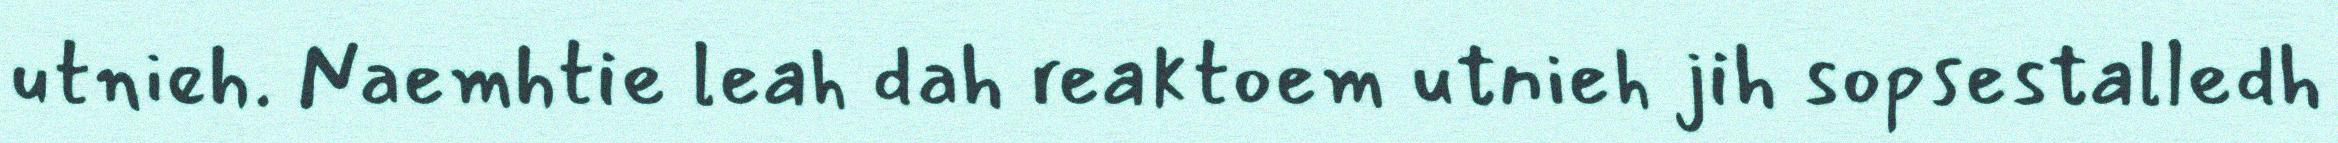
utnieh. Naemhtie leah dah reaktoem utnieh jih sopsestalledh